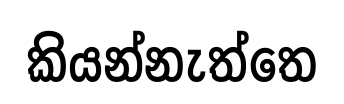
කියන්නැත්තෙ